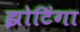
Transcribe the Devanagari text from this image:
झोटिंगा